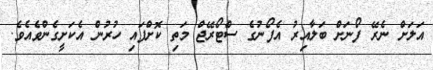
އަލަށް ނެރޭ ފޯނަށް ބަލާއިރު އެފޯނުގެ ސްޓޯރޭޖް މަތި ކޮށްފައި ހުރުން އެކަށީގެންވެއެވެ.